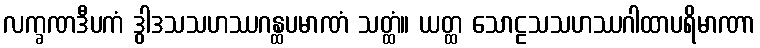
လက္ခဏဒီပကံ ဒွါဒသသဟဿဂန္ထပမာဏံ သတ္ထံ။ ယတ္ထ သောဠသသဟဿဂါထာပရိမာဏာ